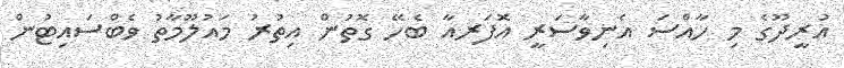
އުރީދޫގެ މި ހާއްސަ އެނިވާސަރީ އޮފަރއާ ބެހޭ ގޮތުން އިތުރު މައުލޫމާތު ވެބްސައިޓުން